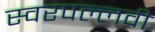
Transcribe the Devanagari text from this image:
स्वरपल्लवी